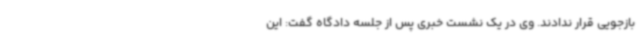
بازجویی قرار ندادند. وی در یک نشست خبری پس از جلسه دادگاه گفت: این